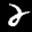
Label: 2